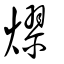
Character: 熮